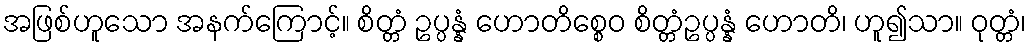
အဖြစ်ဟူသော အနက်ကြောင့်။ စိတ္တံ ဥပ္ပန္နံ ဟောတိစ္စေဝ စိတ္တံဥပ္ပန္နံ ဟောတိ၊ ဟူ၍သာ။ ဝုတ္တံ၊